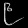
Digit: ၉